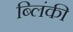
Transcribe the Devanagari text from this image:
ब्लिंकी